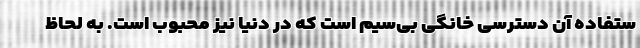
ستفاده آن دسترسی خانگی بی‌سیم است که در دنیا نیز محبوب است. به لحاظ